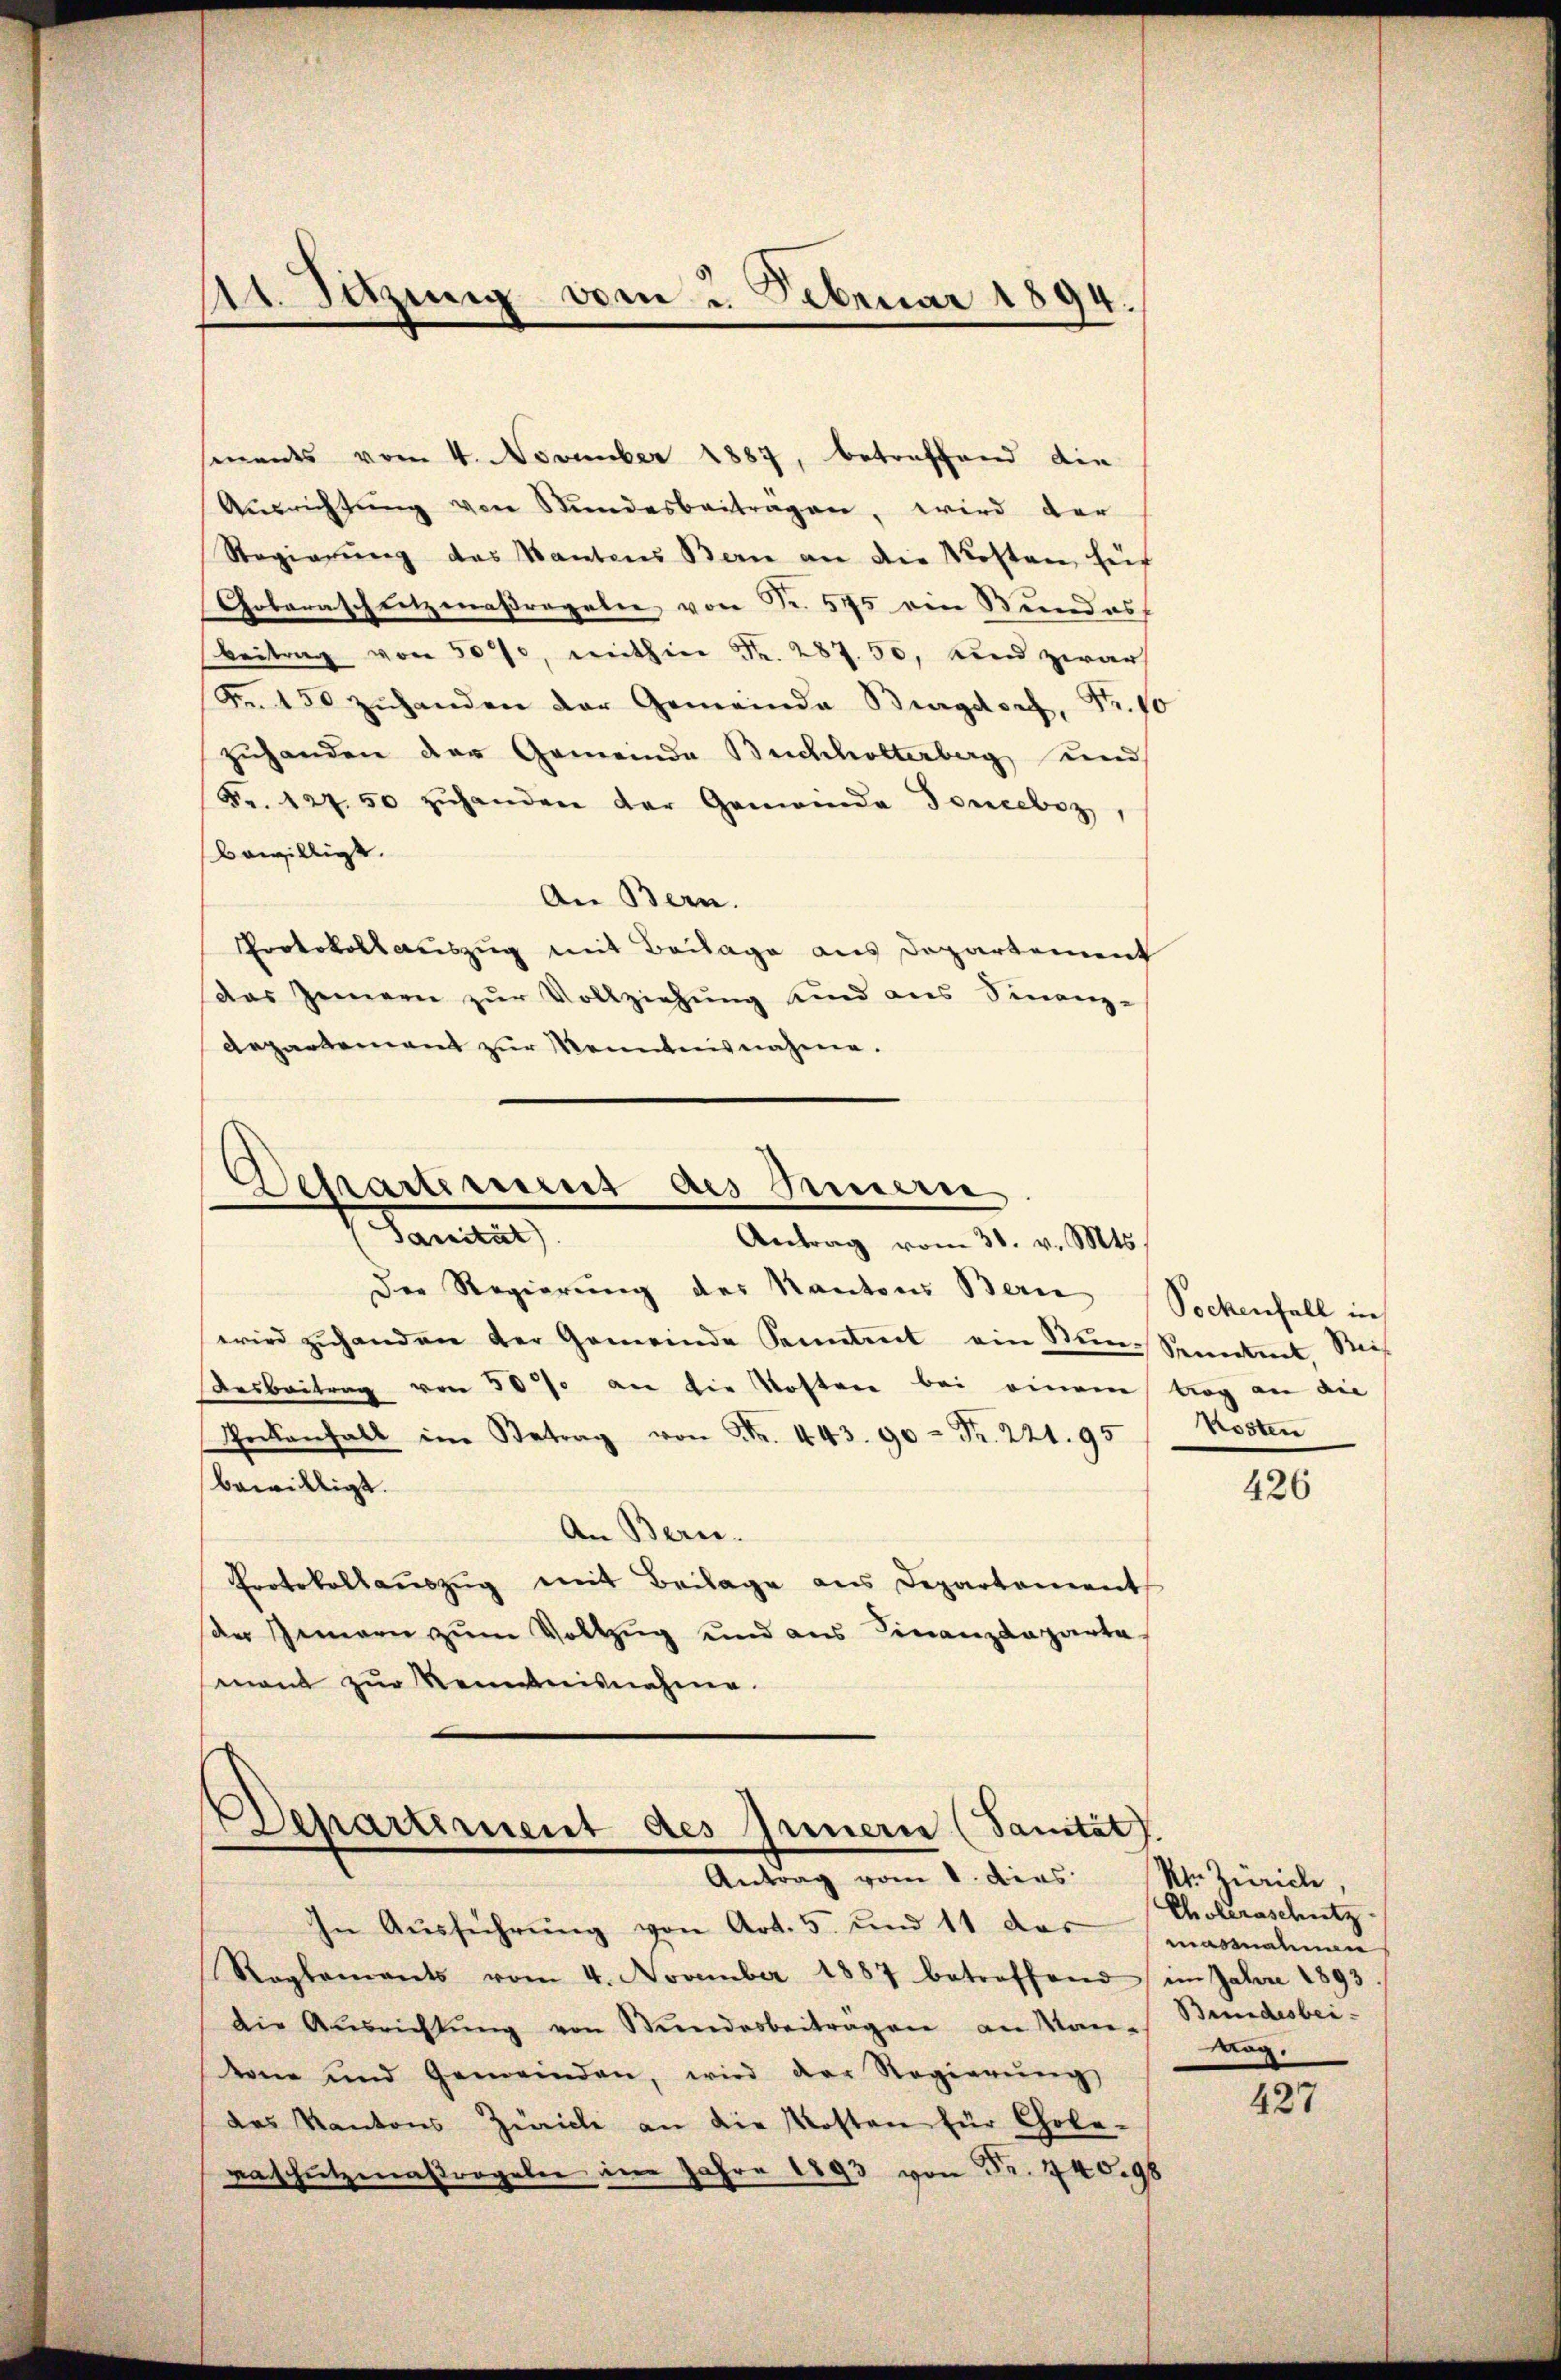
A Sitzung vom 2. Februar 1894.

sments vom 4. November 1887, betreffend die
Aŭsrichtŭng von Stundesbeiträgen, wird der
Regierung des Kantons Bern an die Kosten Eif
Gobarasch setzenaßregeler, von Fr. 575 ein Bundes
Beitrag von 30%, mithin Fr. 287. 50, und zwar
Fr. 150 zuhanden der Gemeinde Burgdorf, Fr. 10
zuhanden der Gemeinde Buchholterberg, und
Fr. 127. 50 zŭhanden der Gemeinde Fonceboz,
bewilligt.
An Bern.
Protokoll auszug mit Beilage aus Departement
das Zimern zur Vollziehung sind aus Finanz-
Aepartement zur Kenntnisnahme.

Der Regierung des Kantons Bern Sockenfall in
wird zŭhanden der Gemeinde Sonntert ein Sun-Senatent. Ries
Ausbeitrag von 30% an die Kostere bei einem trag an die
Tockenfall im Betrag von Fr. 443. 90 = Fr. 221. 95 / Kosten
bewilligt.
An Bern.
Protokollauszug mit Beilage aus Departement
der Innern zum Vollzug und aus Finanzdeparte
mant zur Renntnisnahme.

Departement als Innern
Sament
Antrag vom 31. v. Mts.

Departement des Innern (Sanität
Antrag vom 1. dies Kt. Zürich
In Ausführung von Art. 5. und 11 das massnalman

Reglements vom 4. November 1887 betreffend im Jahre 1893
die Aŭsrichtŭng von Stŭndesbeiträgen an Kan-
krone und Gemeinden, wird der Regierŭng
das Kantons Zürich an die Kosten für Chola-
eschützenasregeler im Jahre 1893 von Fr. 740.98

426

Choleraschutz
Bundesbei¬
Mag.

427